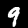
Label: 9